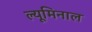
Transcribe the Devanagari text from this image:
ल्यूमिनाल